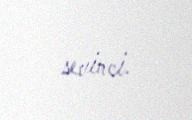
sevinci.